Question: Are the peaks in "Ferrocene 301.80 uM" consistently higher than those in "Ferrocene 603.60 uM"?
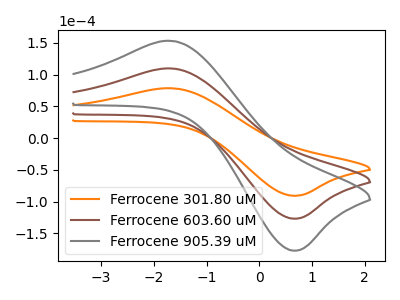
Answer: <think>The orange curve "Ferrocene 301.80 uM" has an anodic peak at (-1.65V, 78.50uA) and a cathodic peak at (0.65V, -90.90uA). The brown curve "Ferrocene 603.60 uM" has an anodic peak at (-1.65V, 109.60uA) and a cathodic peak at (0.65V, -126.95uA). The gray curve "Ferrocene 905.39 uM" has an anodic peak at (-1.65V, 219.25uA) and a cathodic peak at (0.65V, -253.95uA).</think>
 <answer>Every peak in "Ferrocene 301.80 uM" is lower than every peak in "Ferrocene 603.60 uM".</answer>
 <eval>lower</eval>